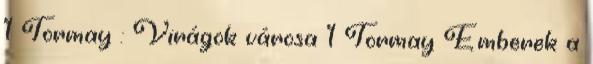
1 Tormay : Virágok városa 1 Tormay Emberek a